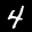
Label: 4